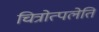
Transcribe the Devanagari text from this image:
चित्रोत्पलेति